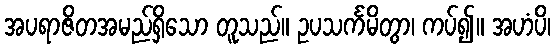
အပရာဇိတအမည်ရှိသော တူသည်။ ဥပသင်္ကမိတွာ၊ ကပ်၍။ အဟံပိ၊